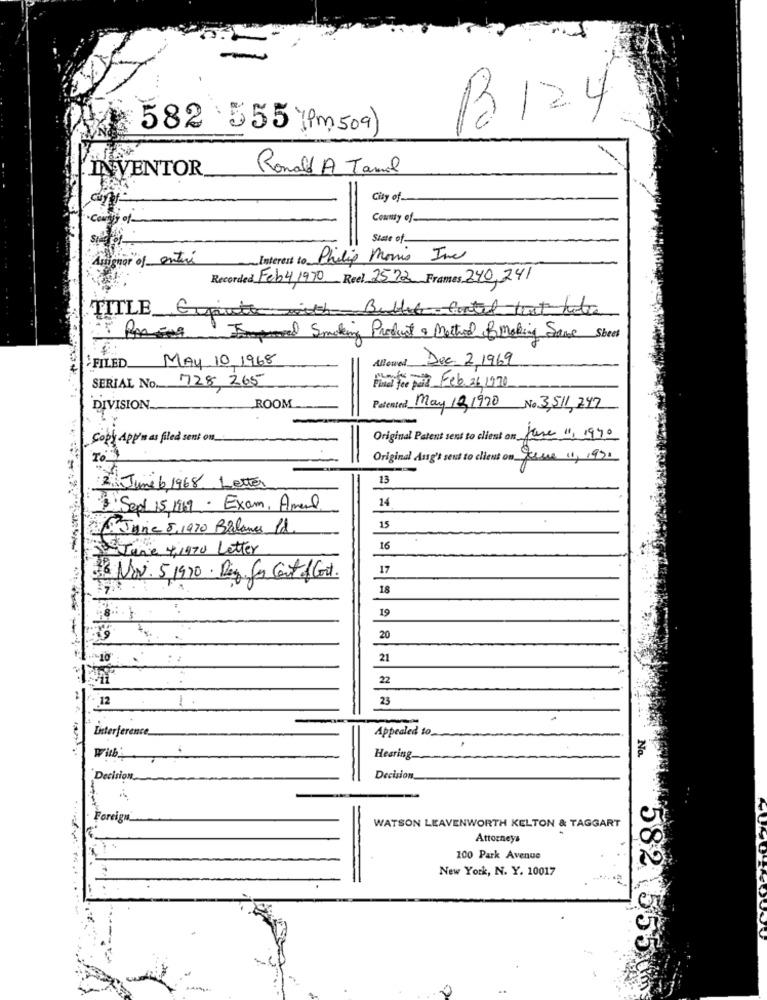
B124
582 555 (pm509)
INVENTOR
Ronald A Tamol
City of
cony of
County of
State of
Amignor of entire
Interest to Philip Morris Inc
Recorded Feb 4,1970 Reel 2572 Frames 240,241
TITLE Gigante with Bullet coated text hits
Improved Smoking Product & Method By Making Same Sheet
FILED.
MAY 10 1968
Allewed Dec. 2 1969
SERIAL No. 728 265
Final for paid Feb. 26, 1970
DIVISION ...
ROOM
Patented May 121970 No 3,511,247
Copy App'nas filed sent on_
Original Patent sent to client on Kare 11, 1990
Original Ausg's sent to client on June 1, 1990
13
2 Juni6 1968 Letter
14
Sept 15 1969 . Exam, Amerl
Jamie 5,1970 Balones Pd.
15
2- June 4,1470 Letter
16
17
18 Nov. 51970 . Day for Cont of Cost.
18
19
20
21
22
.12
1
23
Interference
Appealed to
No.
With!
Hearing.
Decision
Decision
Foreign
WATSON LEAVENWORTH KELTON & TAGGART
Attorneys
100 Park Avenue
=
New York, N. Y. 10017
582 55500